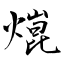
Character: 熴